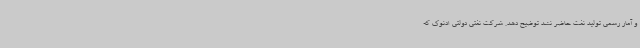
و آمار رسمی تولید نفت حاضر نشد توضیح دهد. شرکت نفتی دولتی ادنوک که